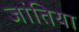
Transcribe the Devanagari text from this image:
जांतिया